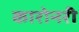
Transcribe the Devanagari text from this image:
कारोनरी